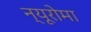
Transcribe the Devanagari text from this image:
न्यूरोमा